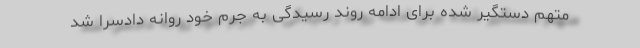
متهم دستگیر شده برای ادامه روند رسیدگی به جرم خود روانه دادسرا شد